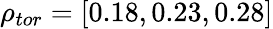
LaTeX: \rho_{tor}=[0.18,0.23,0.28]